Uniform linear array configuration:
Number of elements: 8
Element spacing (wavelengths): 0.25
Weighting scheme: hamming
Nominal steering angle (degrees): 0
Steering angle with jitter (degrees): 1.548
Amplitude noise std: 0.05
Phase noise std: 0.05

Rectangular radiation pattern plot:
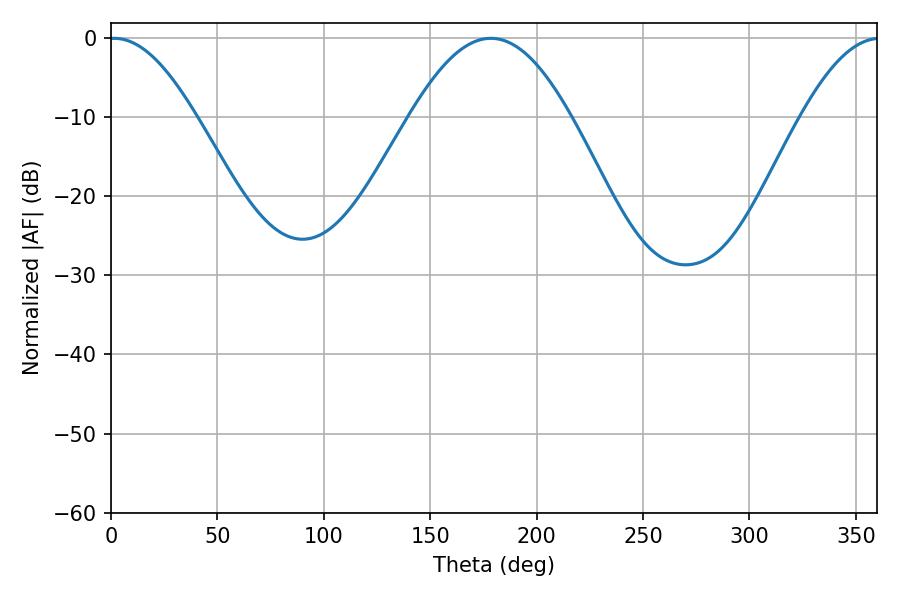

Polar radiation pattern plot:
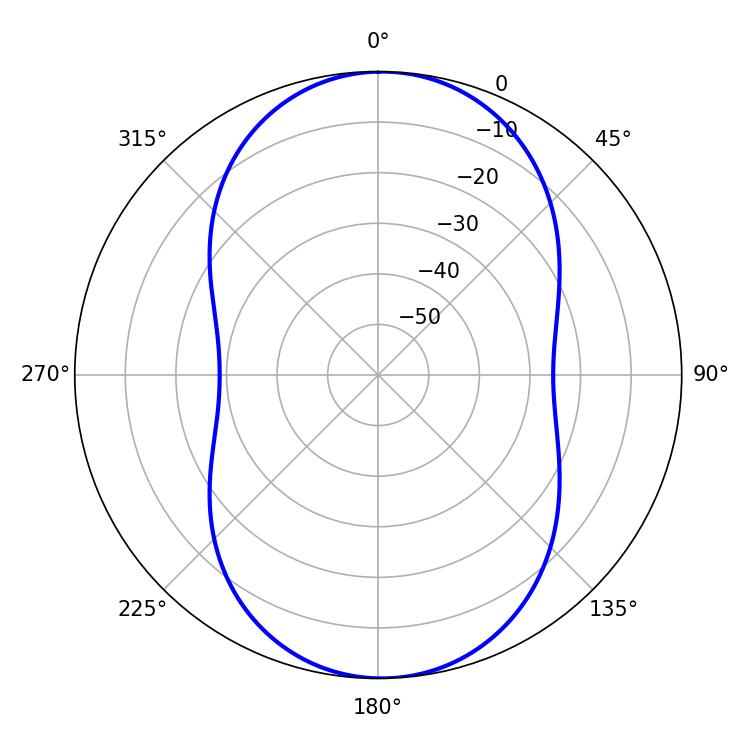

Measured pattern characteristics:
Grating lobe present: FALSE
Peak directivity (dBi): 16.082
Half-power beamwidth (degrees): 22.14
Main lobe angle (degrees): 1.44